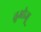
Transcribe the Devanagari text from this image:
तुओजू